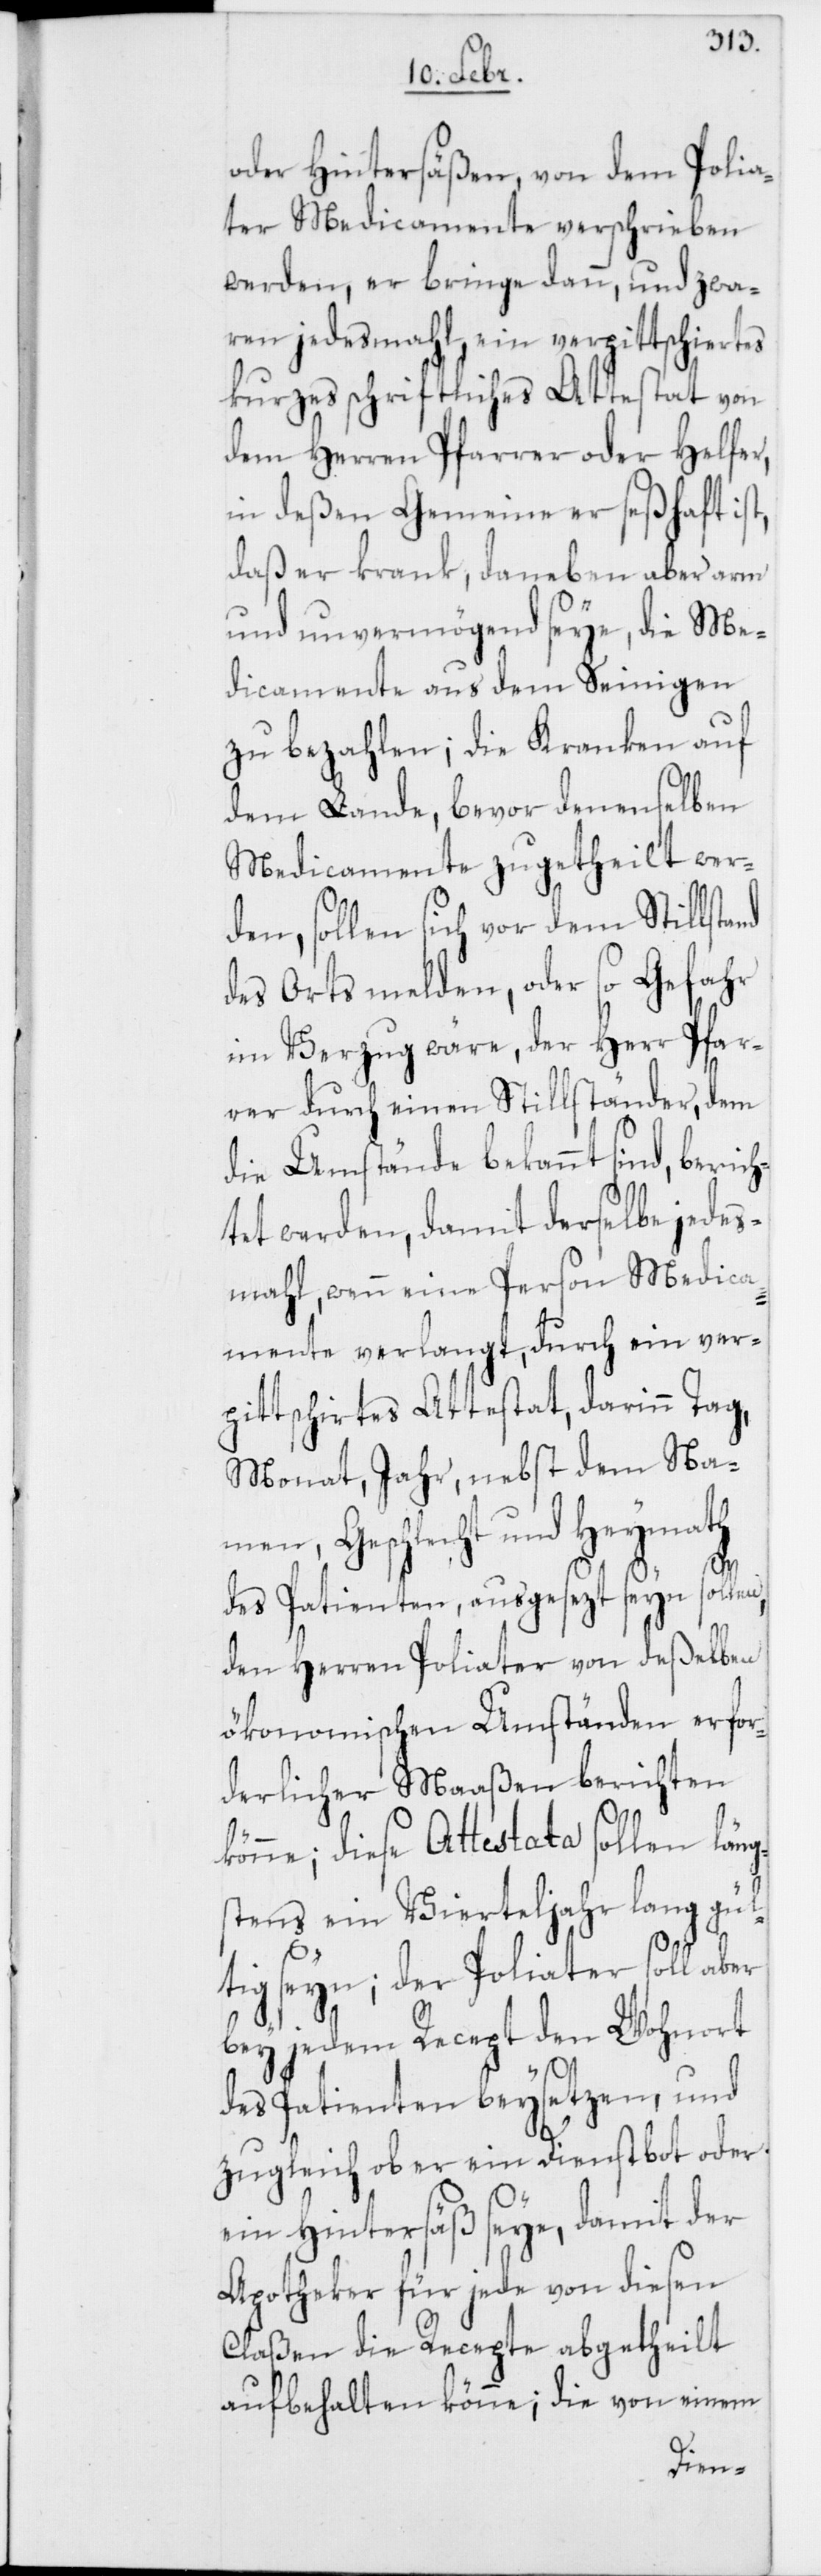
oder Hintersäßen, von dem Polia¬
ter Medicamente verschrieben
werden, er bringe dann, und zwa¬
ren jedesmahl, ein verpittschiertes
kurzes schriftliches Attestat von
dem Herren Pfarrer oder Helfer,
in deßen Gemeinde er seßhaft ist,
daß er krank, daneben aber arm
und unvermögend seye, die Me¬
dicamente aus dem Seinigen
zu bezahlen; die Kranken auf
nd
dem Lande, bevor denenselben
Medicamente zugetheilt wer¬
den, sollen sich vor dem Stillsta¬
des Orts melden, oder so Gefahr
im Verzug wäre, der Herr Pfar¬
rer durch einen Stillständer, dem
die Umstände bekannt sind, berich¬
tet werden, damit derselbe jedes¬
mahl, wenn eine Person Medica¬
mente verlangt, durch ein ver¬
pittschiertes Attestat, darinn Tag,
Monat, Jahr, nebst dem Na¬
men, Geschlecht und Heymath
en,
des Patienten, ausgesezt seyn soll¬
den Herren Poliater von deßelben
ökonomischen Umständen erfor¬
derlicher Maaßen berichten
könne; diese Attestata sollen läng¬
stens ein Vierteljahr lang gül¬
tig seyn; der Poliater soll aber
bey jedem Recept den Wohnort
des Patienten beysetzen, und
zugleich ob er ein Dienstbot oder
ein Hintersäß seye, damit der
Apotheker für jede von diesen
Claßen die Recepte abgetheilt
aufbehalten könne; die von einem